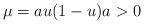
LaTeX: \begin{align*}\mu=au(1-u)a>0 \end{align*}